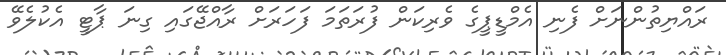
ރައްޔިތުންނަށް ފެނި އެމްޑީޕީގެ ވެރިކަން ފުރަތަމަ ފަހަރަށް ރާއްޖޭގައި ގިނަ ޕާޓީ އެކުލެވޭ